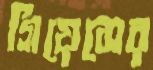
গিয়েসের